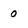
Character: 0